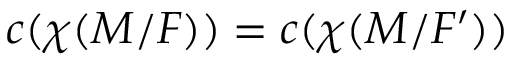
c ( \chi ( M / F ) ) = c ( \chi ( M / F ^ { \prime } ) )